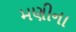
મણીના